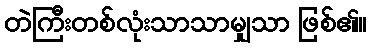
တဲကြီးတစ်လုံးသာသာမျှသာ ဖြစ်၏။